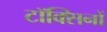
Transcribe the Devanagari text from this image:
टॉक्सिनों